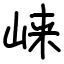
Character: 崃